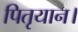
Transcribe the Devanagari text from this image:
पितृयान।